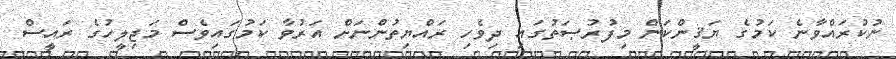
ނުކުރައްވާނެ ކަމުގެ ޔަޤީންކަން މިފުރުޞަތުގައި ދިވެހި ރައްޔިތުންނަށް އަރުވާ ކަމުގައިވެސް މަޖިލީހުގެ ރައީސް